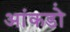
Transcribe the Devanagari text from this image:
आंकडो़